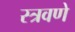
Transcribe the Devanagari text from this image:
स्त्रवणे